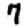
Digit: 7